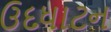
ઉદધાટન